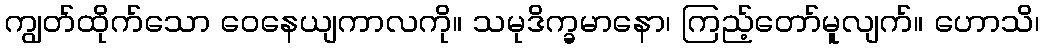
ကျွတ်ထိုက်သော ဝေနေယျကာလကို။ သမုဒိက္ခမာနော၊ ကြည့်တော်မူလျက်။ ဟောသိ၊